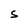
Character: S